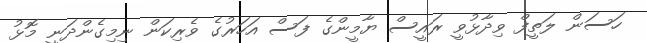
ހަސަން ލަތީފް ވިދާޅުވީ ރައީސް ޔާމީންގެ ފަސް އަހަރުގެ ވެރިކަން ނިމިގެންދަނީ މޮޅު